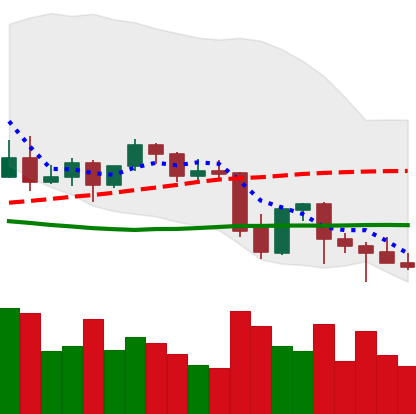
Ticker: BNB-USD
Chart end date: 2021-09-28
Forward return: 29.269%
Label: up_7plus